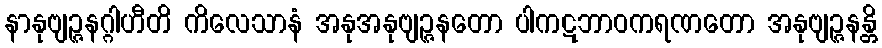
နာနုဗျဉ္ဇနဂ္ဂါဟီတိ ကိလေသာနံ အနုအနုဗျဉ္ဇနတော ပါကဋဘာဝကရဏတော အနုဗျဉ္ဇနန္တိ